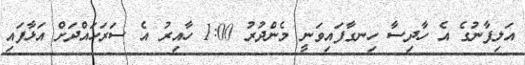
އަލިފާނުގެ އެ ހާދިސާ ހިނގާފައިވަނީ މެންދުރު 1:00 ހާއިރު އެ ސަރަހައްދަށް އަޅާފައި